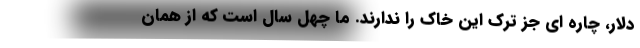
دلار، چاره ای جز ترک این خاک را ندارند. ما چهل سال است که از همان